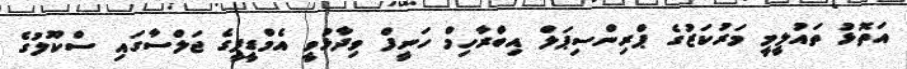
އަތޮޅު ތައުލީމީ މަރުކަޒުގެ ޕްރިންސިޕަލް އިބްރާހިމް ހަނީފް ވިދާޅުވީ އެމްޑީޕީގެ ޖަލްސާގައި ސްކޫލުގެ